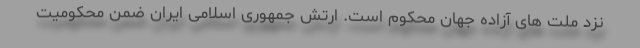
نزد ملت های آزاده جهان محکوم است. ارتش جمهوری اسلامی ایران ضمن محکومیت